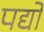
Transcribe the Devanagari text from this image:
पद्यो